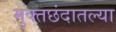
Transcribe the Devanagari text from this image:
मुक्तछंदातल्या